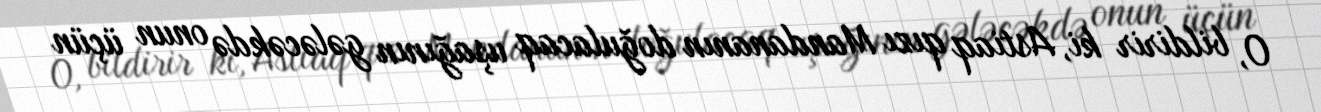
O, bildirir ki, Astiaq qızı Mandananın doğulacaq uşağının gələcəkdə onun üçün